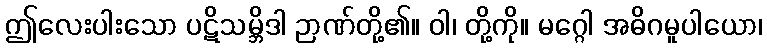
ဤလေးပါးသော ပဋိသမ္ဘိဒါ ဉာဏ်တို့၏။ ဝါ၊ တို့ကို။ မဂ္ဂေါ အဓိဂမူပါယော၊